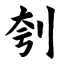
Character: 刳